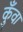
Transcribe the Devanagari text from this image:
कुँवा